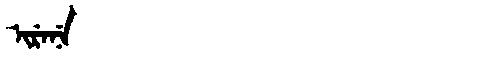
Manchu: ᡳᡵᡝᠨᡝ
Romanization: IRENE